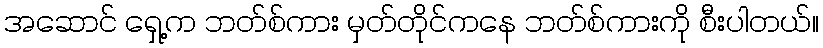
အဆောင် ရှေ့က ဘတ်စ်ကား မှတ်တိုင်ကနေ ဘတ်စ်ကားကို စီးပါတယ်။